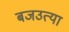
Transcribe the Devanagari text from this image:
बजउत्या